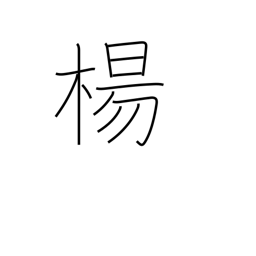
Meaning: willow